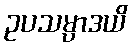
ဥပသမ္ပာဒယိ